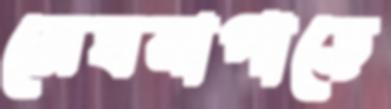
মেঘনাপাড়ে